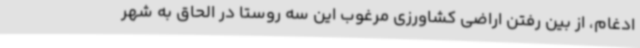
ادغام، از بین رفتن اراضی کشاورزی مرغوب این سه روستا در الحاق به شهر